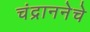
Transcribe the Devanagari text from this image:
चंद्राननेचे